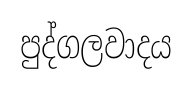
පුද්ගලවාදය